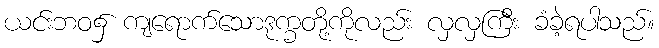
ယင်းဘဝ၌ ကျရောက်သောဒုက္ခတို့ကိုလည်း လှလှကြီး ခံခဲ့ရပါသည်။